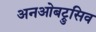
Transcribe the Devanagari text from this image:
अनओबट्रुसिव